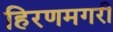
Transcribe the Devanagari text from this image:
हिरणमगरी